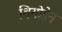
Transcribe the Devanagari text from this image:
थियोडेन